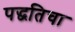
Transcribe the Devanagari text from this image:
पद्धतिचा